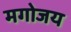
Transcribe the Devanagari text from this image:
मगोजय